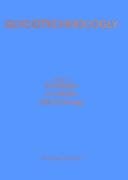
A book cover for Glycotechnology; R.D. Cummings; Medical Books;